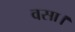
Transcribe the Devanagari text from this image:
वसा।